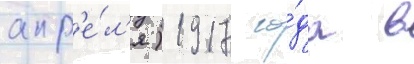
апр'е́л'я) 1917 го́да в